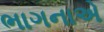
ભાગનાએ